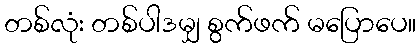
တစ်လုံး တစ်ပါဒမျှ စွက်ဖက် မပြောပေ။